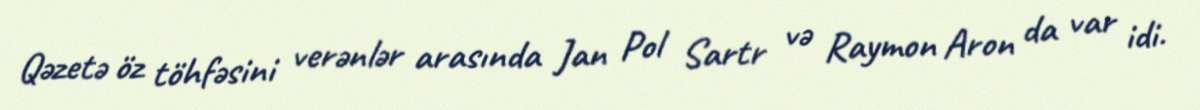
Qəzetə öz töhfəsini verənlər arasında Jan Pol Sartr və Raymon Aron da var idi.